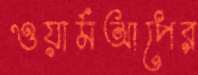
ওয়ার্মআপের